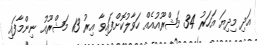
އަދި މިދިޔަ އަހަރު 34 މަޝްރޫއުއެއް ހަވާލުކޮށްފައިވާ އިރު 13 މަޝްރޫއު ނިންމާފައި